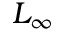
L _ { \infty }